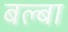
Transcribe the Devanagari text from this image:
बल्बा